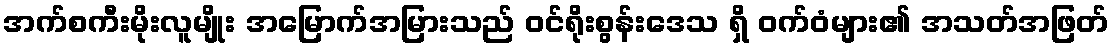
အက်စကီးမိုးလူမျိုး အမြောက်အမြားသည် ဝင်ရိုးစွန်းဒေသ ရှိ ဝက်ဝံများ၏ အသတ်အဖြတ်